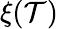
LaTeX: \xi(\mathcal{T})